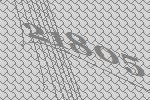
21805